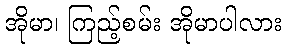
အိုမာ၊ ကြည့်စမ်း အိုမာပါလား